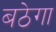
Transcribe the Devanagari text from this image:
बठेगा